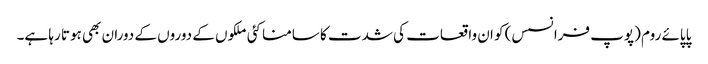
پاپائے روم (پوپ فرانسس) کو ان واقعات کی شدت کا سامنا کئی ملکوں کے دوروں کے دوران بھی ہوتا رہا ہے۔